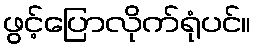
ဖွင့်ပြောလိုက်ရုံပင်။